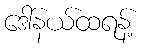
ဒေါ်နယ်ထရန့်